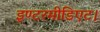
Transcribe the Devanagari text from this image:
इण्टरमीडिएट।